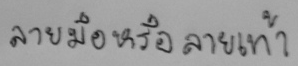
ลายมือหรือลายเท้า